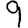
Digit: 9